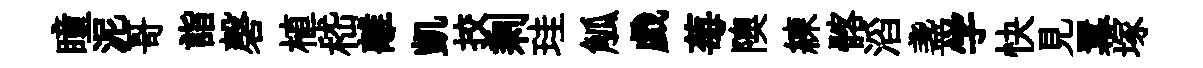
瞳泥哥詣磬植嵇離凱挍剩珪觚戯莓隩練髂滔盞学快見羃塚